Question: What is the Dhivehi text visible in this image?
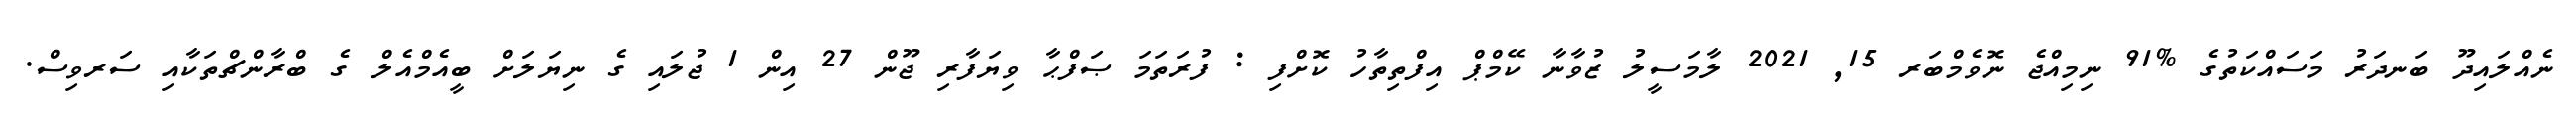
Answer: ނެއްލައިދޫ ބަނދަރު މަސައްކަތުގެ %91 ނިމިއްޖެ ނޮވެމްބަރ 15, 2021 ލާމަސީލު ޒުވާނާ ކޭމްޕް އިފްތިތާހު ކޮށްފި : ފުރަތަމަ ޞަފްޙާ ވިޔަފާރި ޖޫން 27 އިން 1 ޖުލައި ގެ ނިޔަލަށް ބީއެމްއެލް ގެ ބްރާންޗްތަކާއި ސަރވިސް.